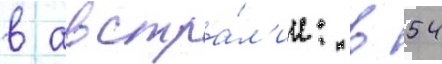
в австра́л'ии: в 54